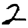
Digit: 2